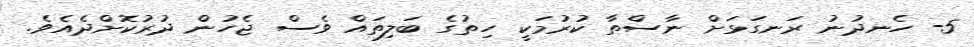
5- ހެނދުނު ރަނގަޅަށް ނާސްތާ ކުރުމަކީ ހިތުގެ ބަލިތައް ވެސް ޖެހުން ދުރުކޮށްދެއެވެ.